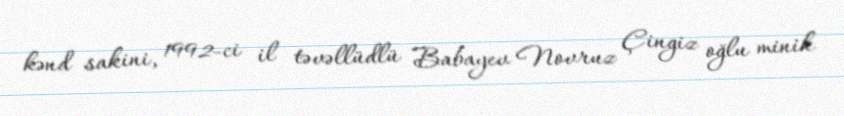
kənd sakini, 1992-ci il təvəllüdlü Babayev Novruz Çingiz oğlu minik